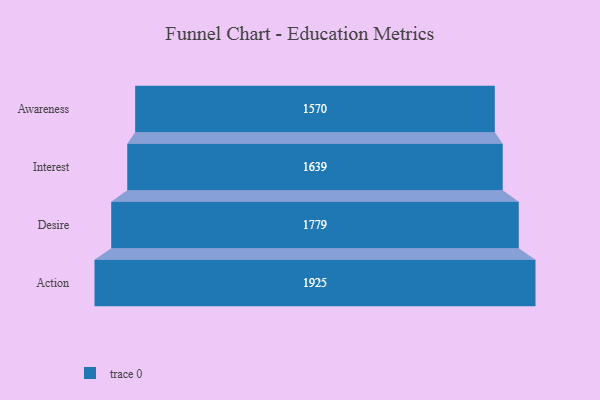
{"axis": {"x": "Stage", "y": "Value"}, "legend": [""], "data": [{"x": "Awareness", "y": 1570.0, "type": ""}, {"x": "Interest", "y": 1639.0, "type": ""}, {"x": "Desire", "y": 1779.0, "type": ""}, {"x": "Action", "y": 1925.0, "type": ""}]}